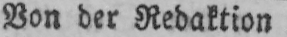
Von der Redaktion